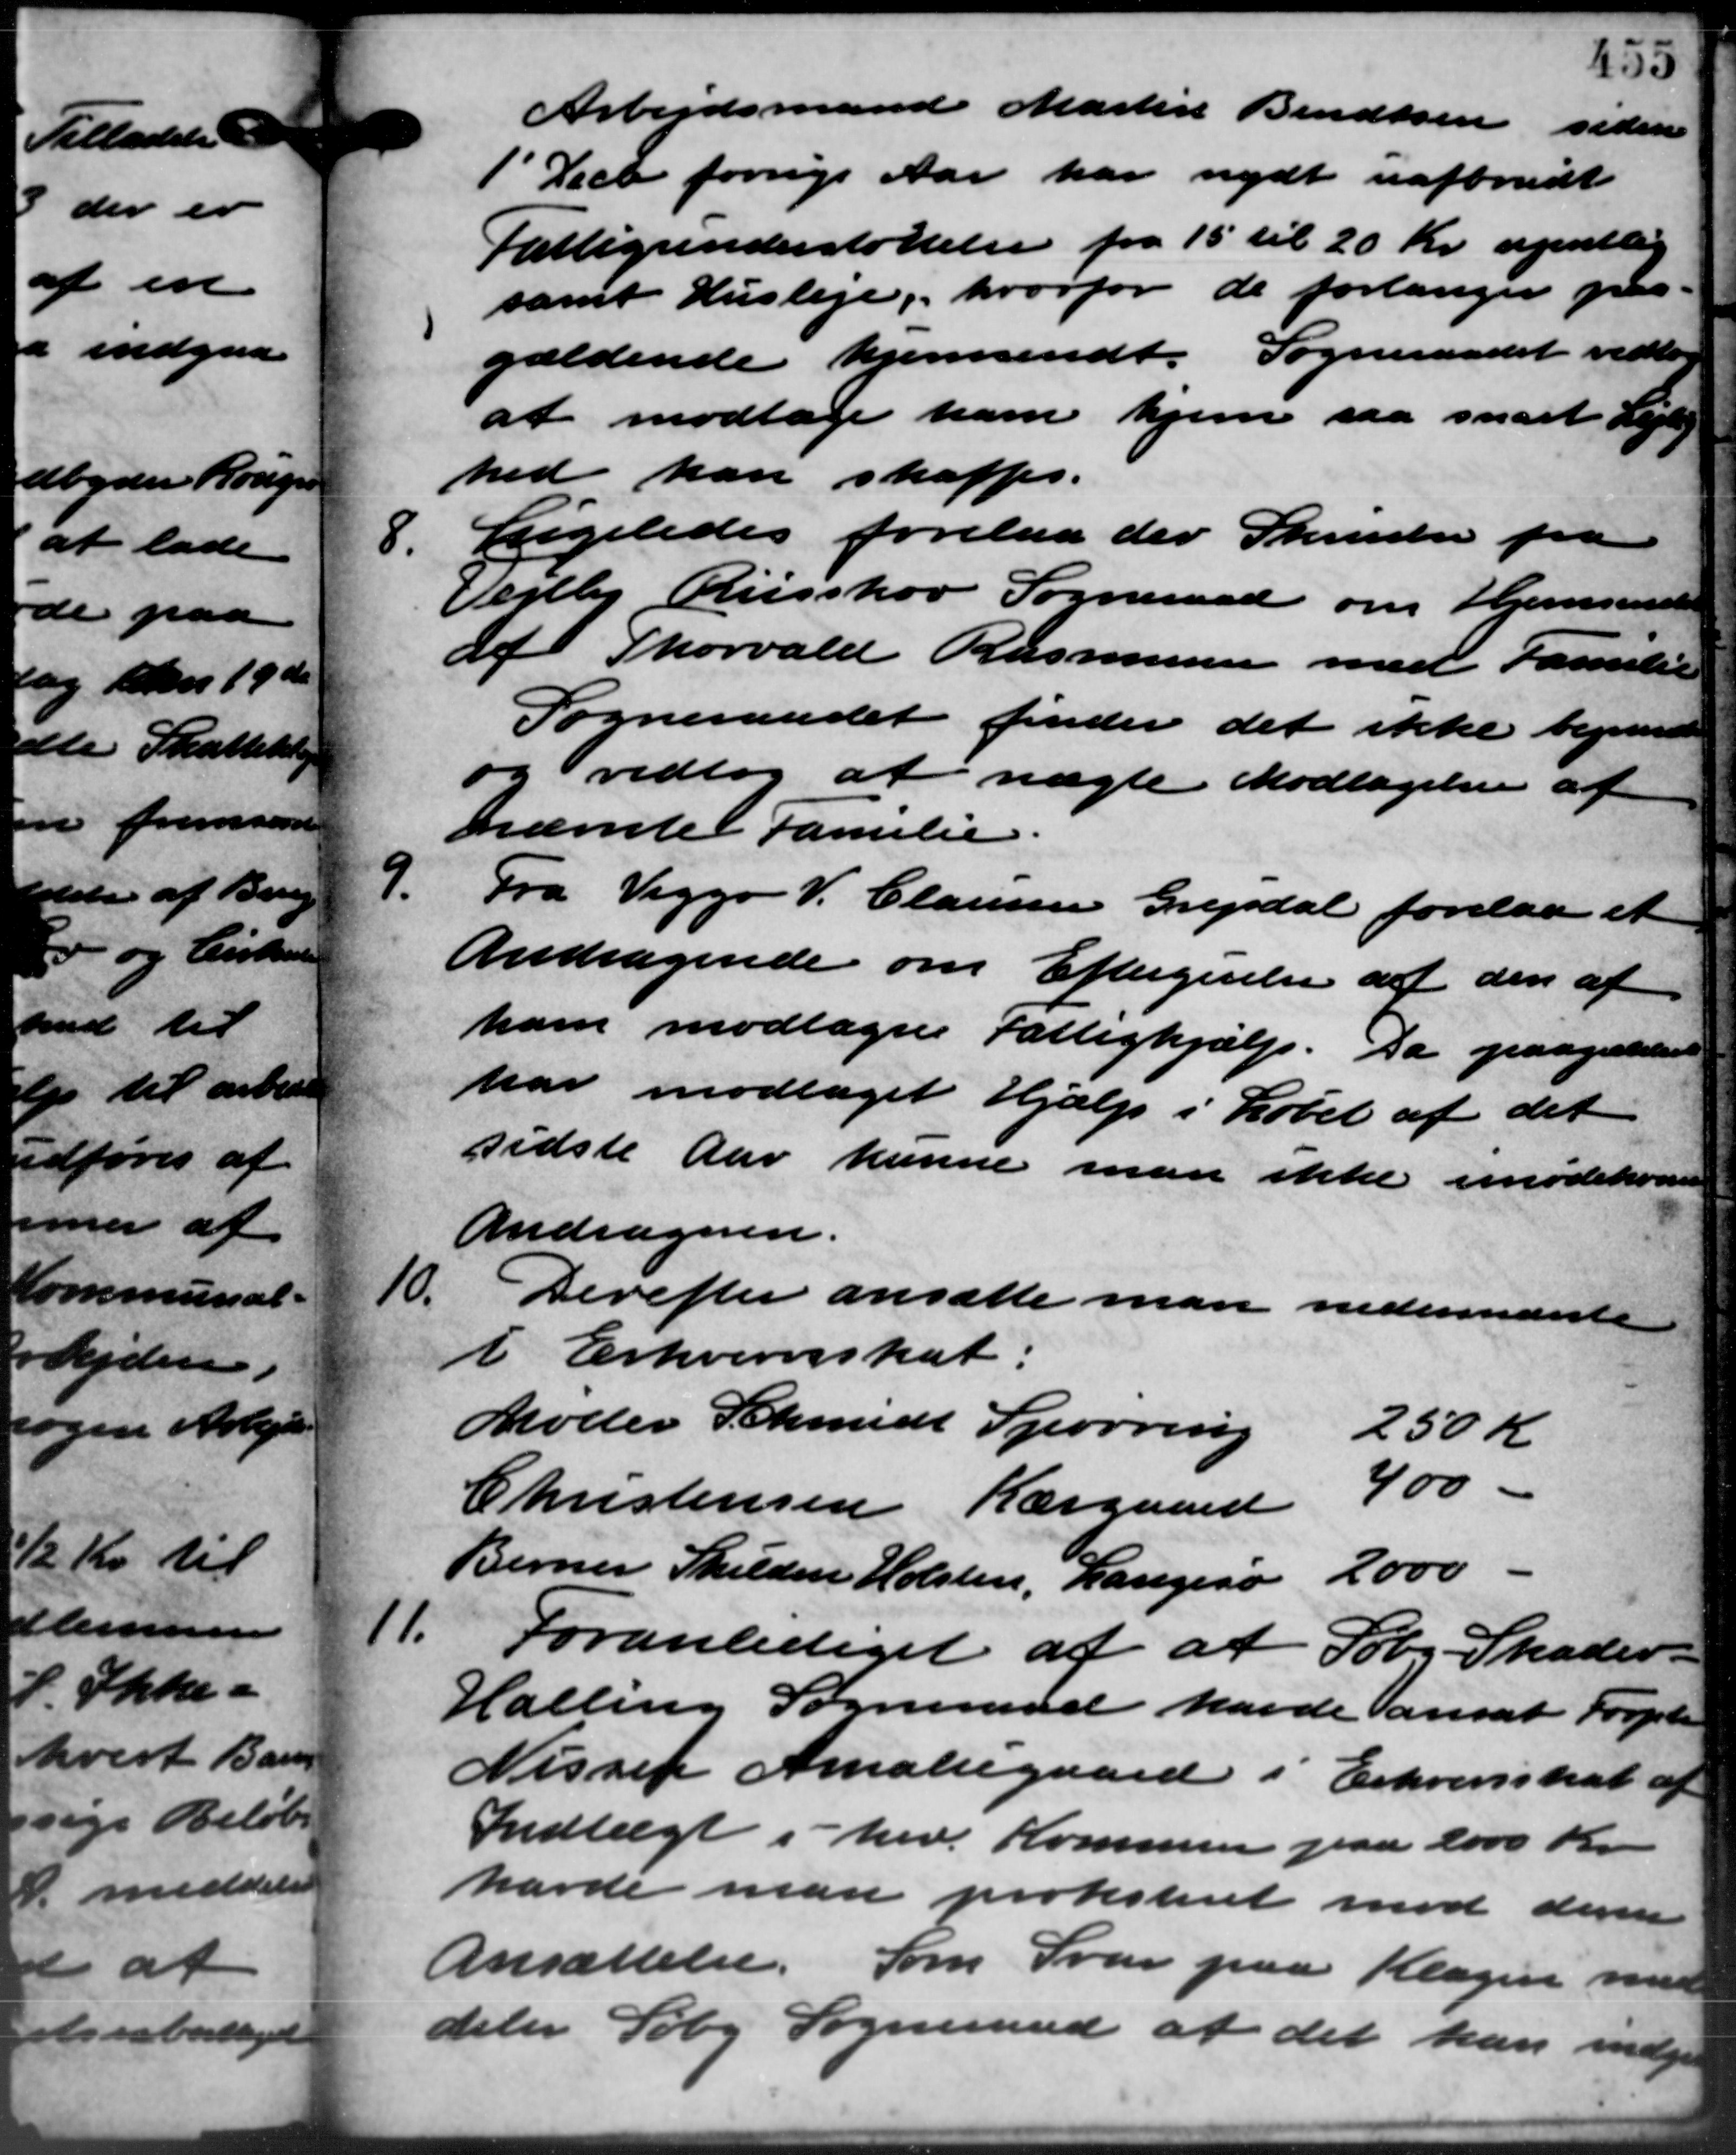
Transskription:
Arbejdsmand Martin Bendtsen siden
1' Decb forrige Aar har nydt uafbrudt
Fattigunderstøttelse fra 15 til 20 Kr. apnitlig
samt Husleje, hvorfor de forlanger paa-
gældende hjemsendt. Sogneraadet vedtog
at modtage ham hjem saa snart Lejlig
hed kan skaffes.
8.
Ligeledes forelaa der Skrivelse fra
Vejlby Risskov Sogneraad om Hjemsende
af Thorvald Rasmussen med Familie
Sogneraadet finder det ikke begrunde
og vedtog at nægte Modtagelse af
nævnte Familie
9.
Fra Viggo V. Clausen Grejsdal forelaa et
Andragende om Eftergivelse af den af
ham modtagne Fattighjælp. Da paagældene
har modtaget Hjælp i Løbet af det
sidste Aar kunne man ikke imødekoms
Andrageren.
10.
Derefter ansætte man nedernævnte
i Erhvervsskat:
Møder Schmidt Spørring                 250 Kr.
Christensen Kærgaard 400
Berner Skilden Holsten, Langesø  2000
11.
Foranlediget af at Søby Skader -
Halling Sogneraad havde ansat Forpli
Nisse Amaliegaard i Erhvervsskat af
Indtægt i her. Kommunen paa 2000 Kr.
havde man protisteret mod deren
Ansættelse. Som Svar paa Klagen med
deler Søby Sogneraad at det kan indgi